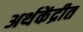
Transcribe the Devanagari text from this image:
अर्थकेंद्रीत